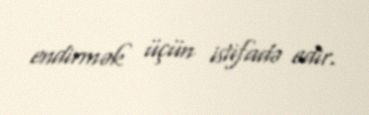
endirmək üçün istifadə edir.